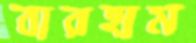
বারহাম